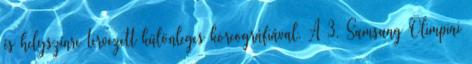
és helyszínre tervezett különleges koreográfiával. A 3. Samsung Olimpiai